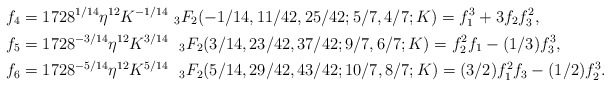
\begin{align*}f_4&=1728^{1/14}\eta^{12}K^{-1/14}\ _{3}F_2(-1/14, 11/42, 25/42; 5/7, 4/7; K) = f_1^3 + 3f_2f_3^2,\\f_5&= 1728^{-3/14}\eta^{12}K^{3/14}\ \ _{3}F_2(3/14, 23/42, 37/42; 9/7, 6/7; K) = f_2^2f_1 - (1/3)f_3^3,\\f_6&=1728^{-5/14}\eta^{12}K^{5/14}\ \ _{3}F_2(5/14, 29/42, 43/42; 10/7, 8/7; K)= (3/2)f_1^2f_3 - (1/2)f_2^3. \end{align*}